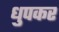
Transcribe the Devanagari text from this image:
धुपकर